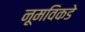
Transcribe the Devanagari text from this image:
नूमविकडे